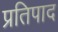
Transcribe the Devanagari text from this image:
प्रतिपाद